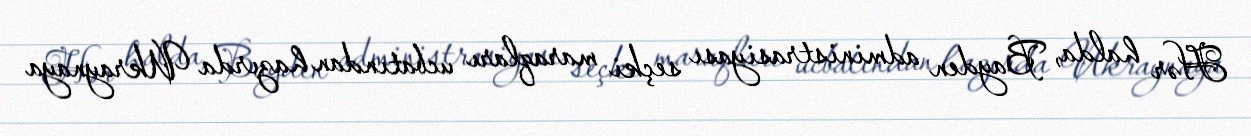
Hər halda, Bayden administrasiyası seçki maraqları ucbatından hazırda Ukraynaya